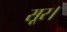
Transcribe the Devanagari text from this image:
सूर।